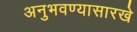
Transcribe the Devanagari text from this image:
अनुभवण्यासारखे